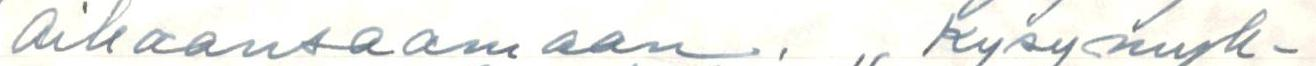
aikaansaamaan. ,, Kysymyk-